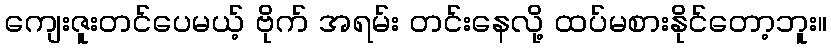
ကျေးဇူးတင်ပေမယ့် ဗိုက် အရမ်း တင်းနေလို့ ထပ်မစားနိုင်တော့ဘူး။